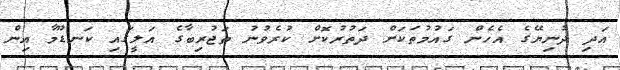
އަދި ދުނިޔޭގެ އެހެން ގައުމުތަކަށް ދަތުރުކޮށް ކުރެވުނު ތަޖުރިބާގެ އަލީގައި ކަނޑޫމާ އިން